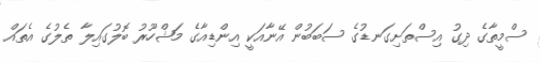
ސްމީތާގެ ދިގު އިސްތަށިގަނޑުގެ ސަބަބުން އޭނާއަކީ އިންޑިއާގެ މަޝްހޫރު ބޮލުގައިލާ ތެލުގެ އެތައް